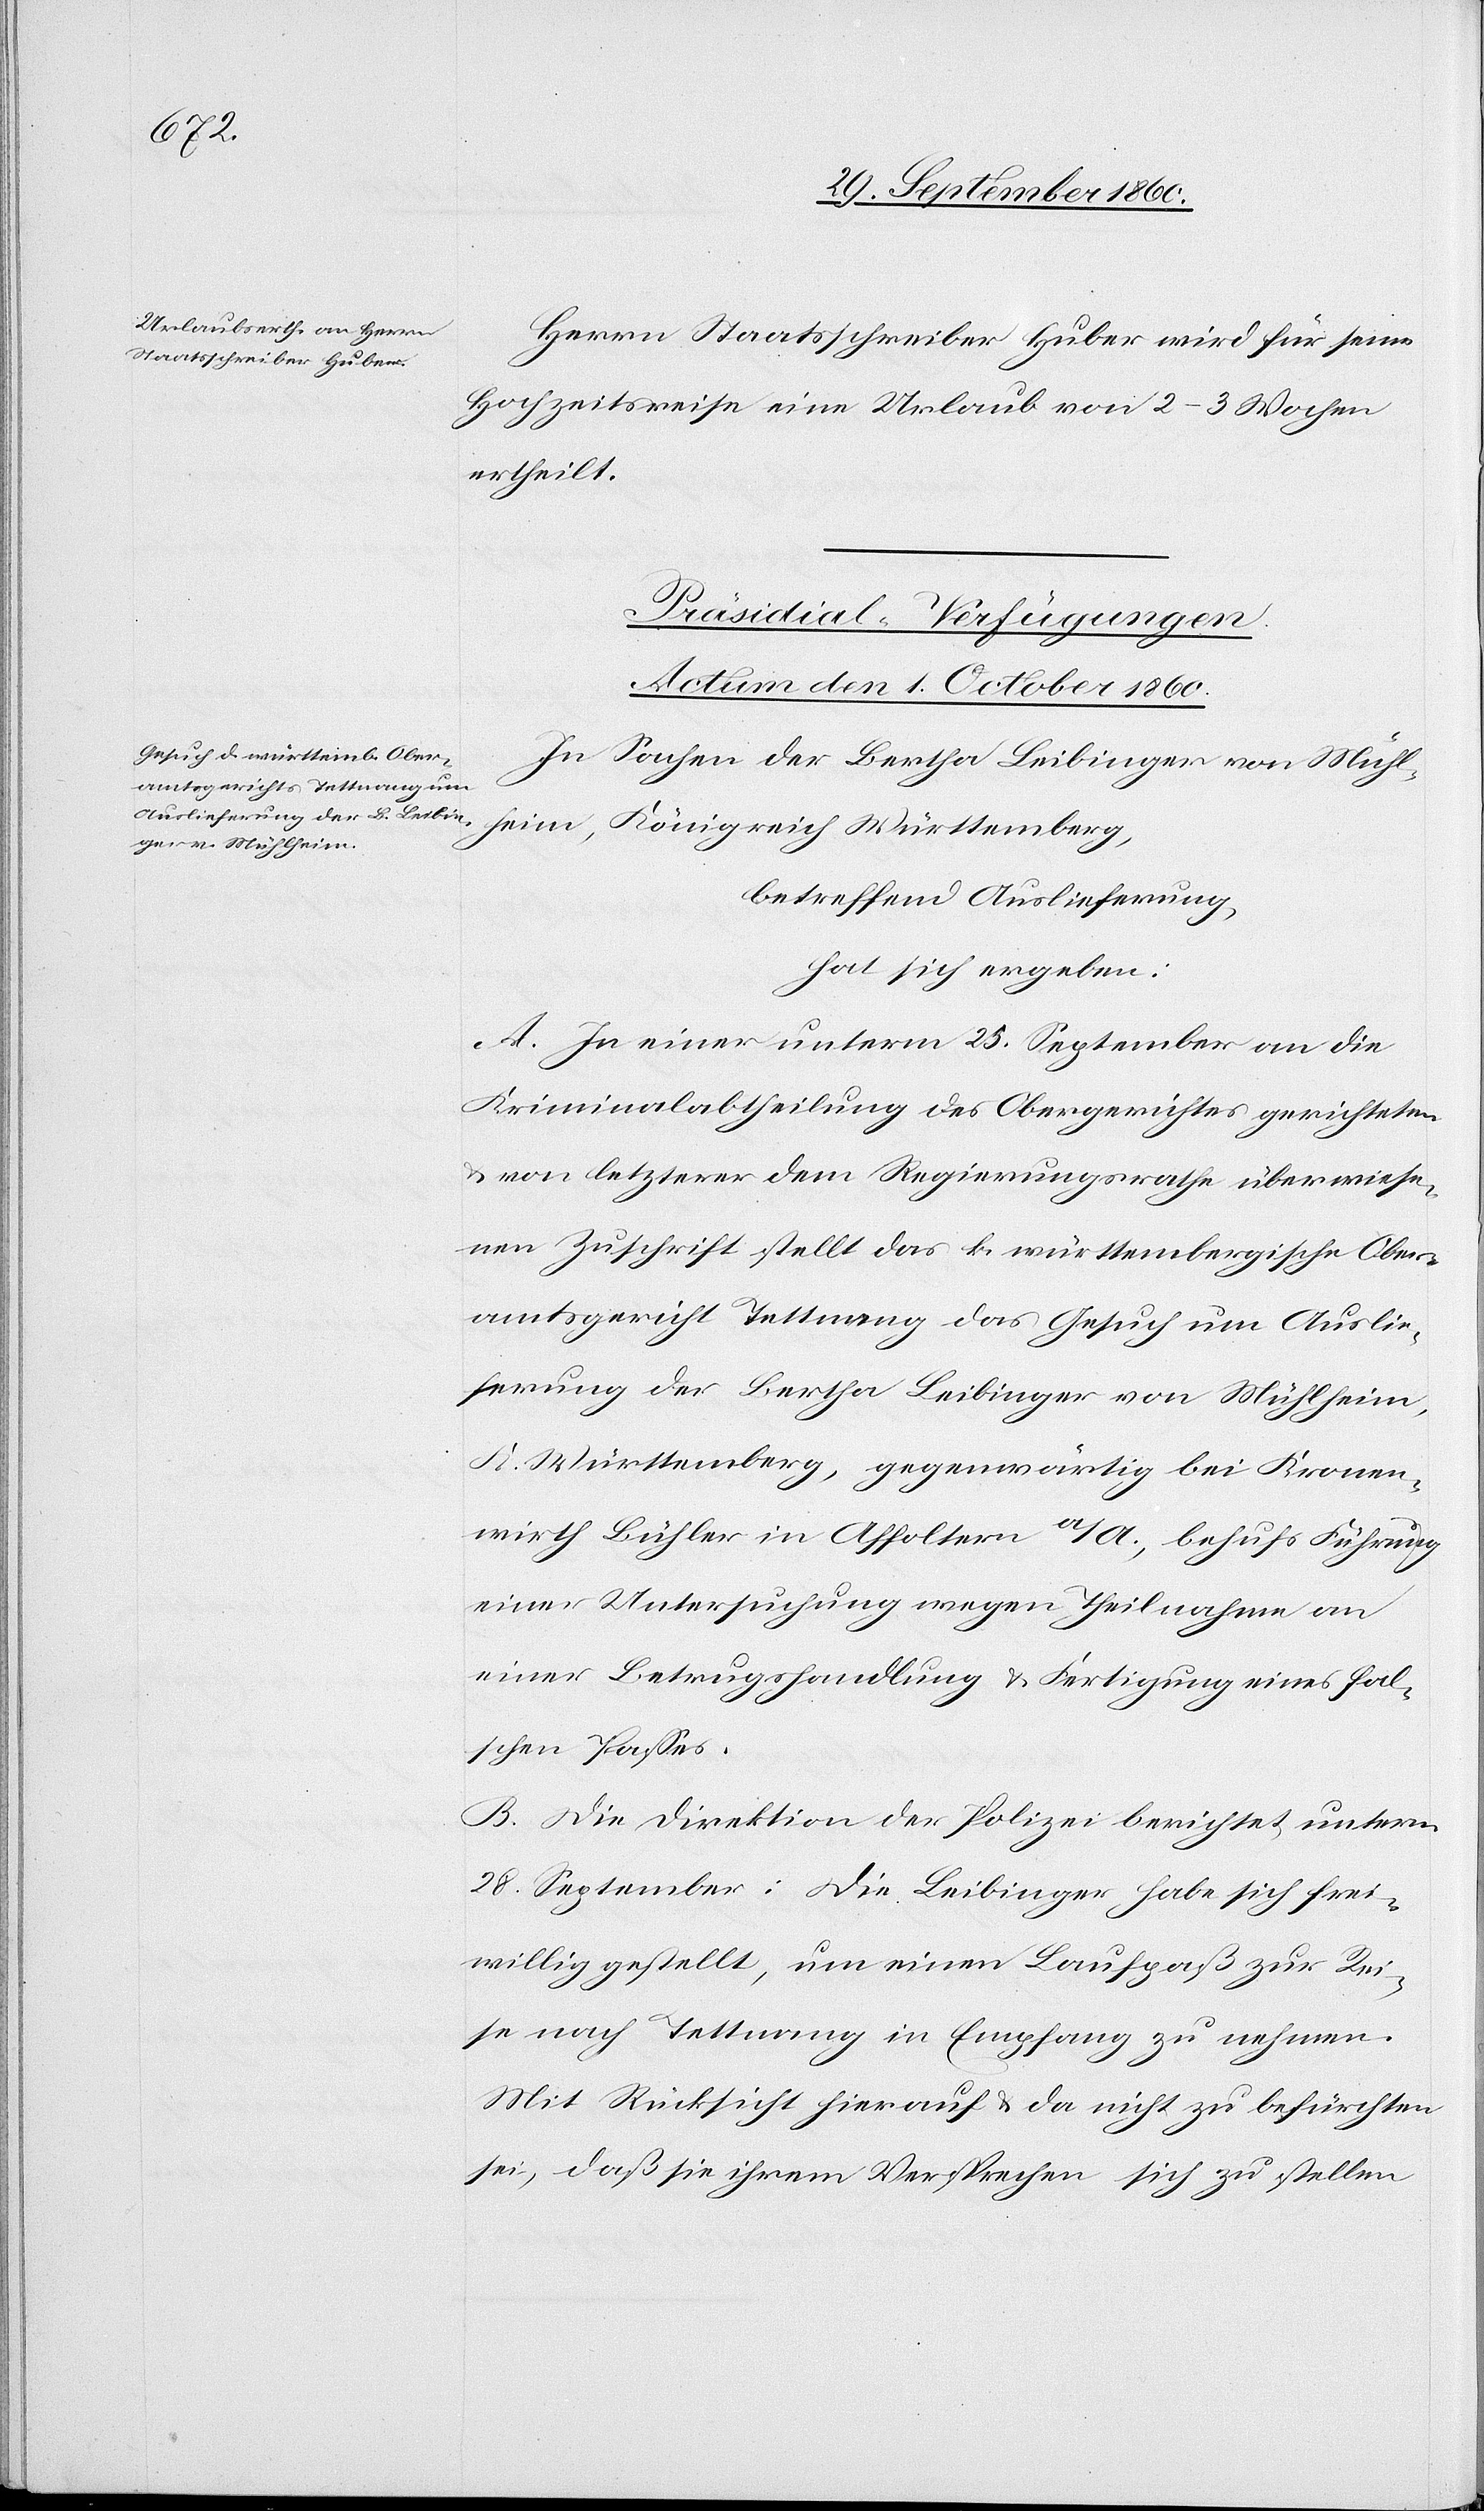
Herrn Staatsschreiber Huber wird für seine
Hochzeitsreise ein Urlaub von 2–3 Wochen
ertheilt.
Präsidial-Verfügungen.
Actum den 1. October 1860.
In Sachen der Bertha Leibinger von Mühl¬
heim, Königreich Württemberg,
betreffend Auslieferung
hat sich ergeben:
A. In einer unterm 25. September an die
Kriminalabtheilung des Obergerichtes gerichteten
u. von letzterer dem Regierungsrathe überwiese¬
nen Zuschrift stellt das k. württembergische Ober¬
amtsgericht Tettnang das Gesuch um Auslie¬
ferung der Bertha Leibinger von Mühlheim,
K. Württemberg, gegenwärtig bei Kronen¬
wirth Bühler in Affoltern a/A., behufs Führung
einer Untersuchung wegen Theilnahme an
einer Betrugshandlung u. Fertigung eines fal¬
schen Passes.
B. Die Direktion der Polizei berichtet, unterm
28. September: Die Leibinger habe sich frei¬
willig gestellt, um einen Laufpaß zur Rei¬
se nach Tettnang in Empfang zu nehmen.
Mit Rücksicht hierauf u. da nicht zu befürchten
sei, daß sie ihrem Versprechen sich zu stellen